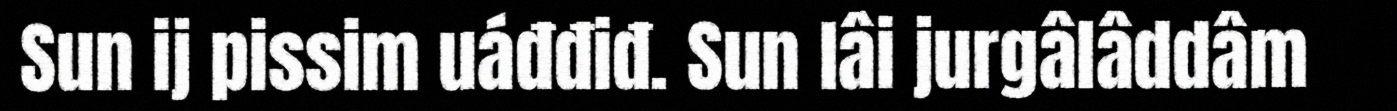
Sun ij pissim uáđđiđ. Sun lâi jurgâlâddâm